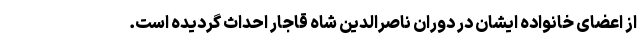
از اعضای خانواده ایشان در دوران ناصرالدین شاه قاجار احداث گردیده است.